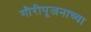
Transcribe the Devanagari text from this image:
गौरीपूजनाच्या